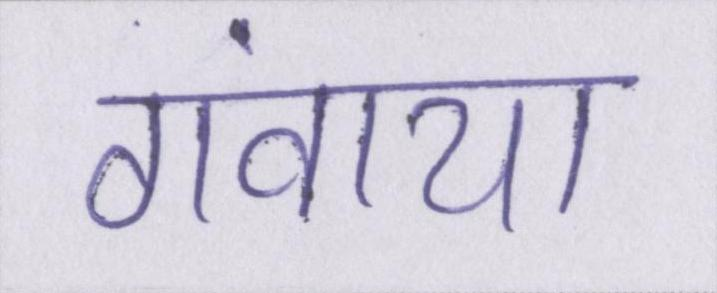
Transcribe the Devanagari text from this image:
गंवाया